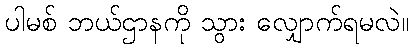
ပါမစ် ဘယ်ဌာနကို သွား လျှောက်ရမလဲ။